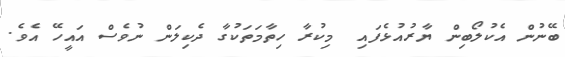
ބޭނުން އެކުލޯބިން ޔާރުއުޅެފައި  މިކުރާ ހިތާމަތަކުގާ ދެކިލަން ނުވެސް އައީހޭ އެވެ.